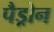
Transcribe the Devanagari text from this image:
पैड्रोन